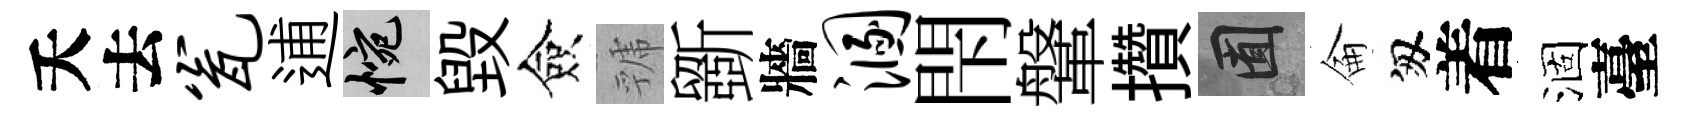
夭去瓮逋惋毁僉虢斵牆溷閇鞶攢囿侖匆着涸臺